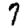
Digit: 7